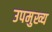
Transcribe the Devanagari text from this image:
उपमुख्य